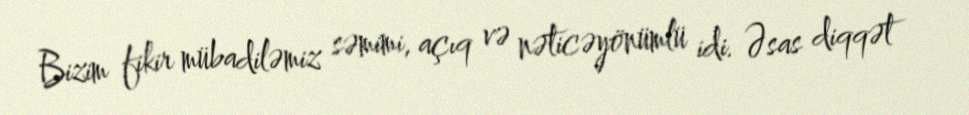
Bizim fikir mübadiləmiz səmimi, açıq və nəticəyönümlü idi. Əsas diqqət